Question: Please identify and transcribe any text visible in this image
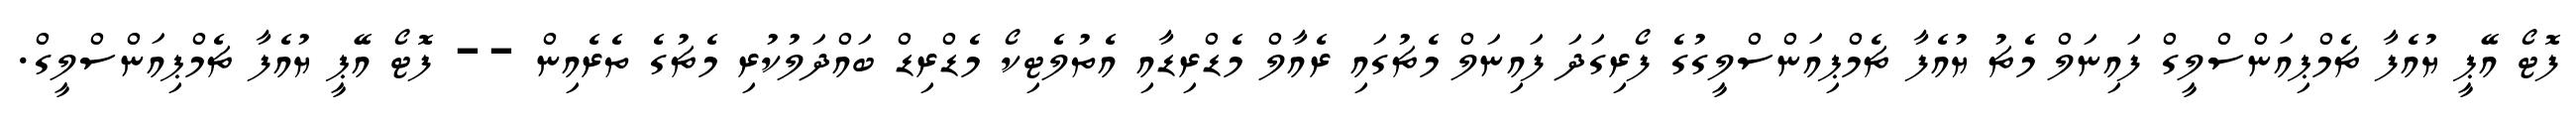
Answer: ފޮޓޯ އޭޕީ ޔުއެފާ ޗެމްޕިއަންސްލީގް ފައިނަލް މެޗު ޔުއެފާ ޗެމްޕިއަންސްލީގުގެ ފޯރިގަދަ ފައިނަލް މެޗުގައި ރެއާލް މެޑްރިޑާއި އެތުލެޓިކޯ މެޑްރިޑް ބައްދަލުކުރި މެޗުގެ ތެރެއިން -- ފޮޓޯ އޭޕީ ޔުއެފާ ޗެމްޕިއަންސްލީގް.